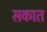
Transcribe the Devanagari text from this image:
सकात